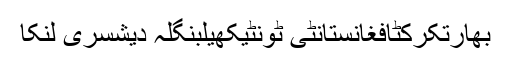
بھارتکرکٹافغانستانٹی ٹونٹیکھیلبنگلہ دیشسری لنکا